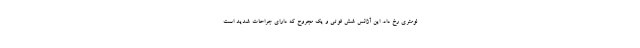
لومتری رخ داد. این آژانس شش فوتی و یک مجروح که دارای جراحات شدید است